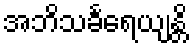
အဘိသင်္ခရေယျန္တိ